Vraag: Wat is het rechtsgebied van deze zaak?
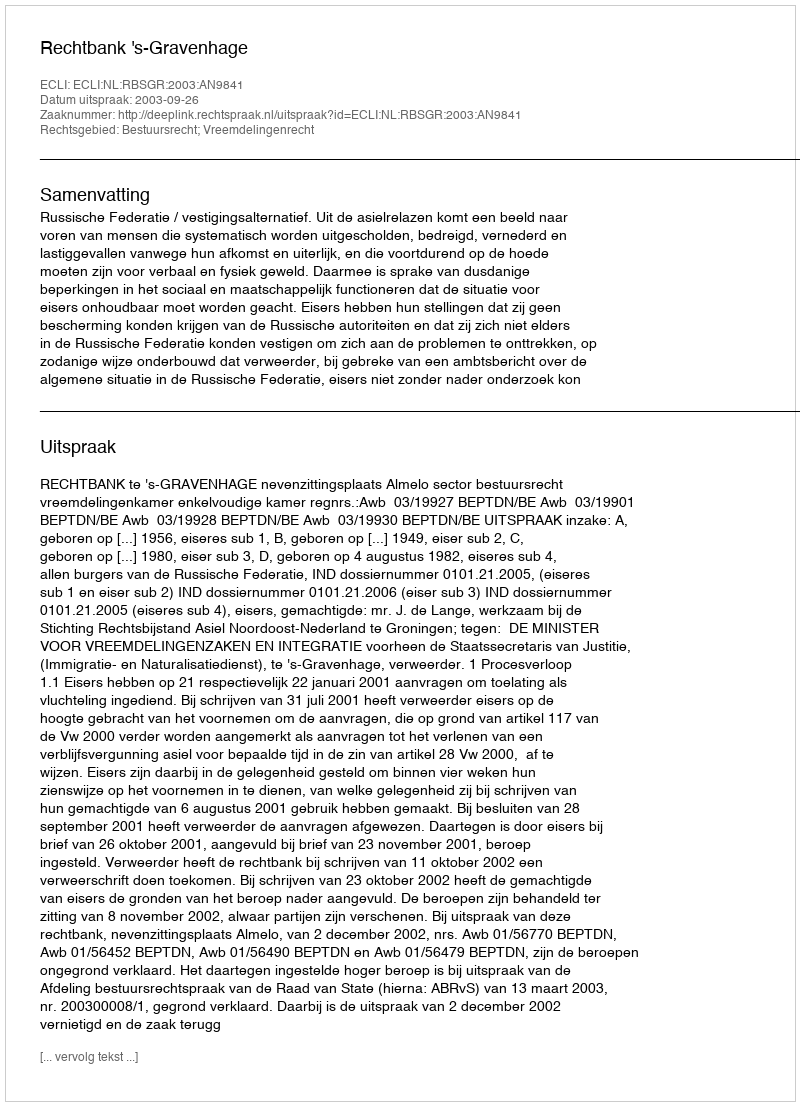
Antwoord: Bestuursrecht; Vreemdelingenrecht